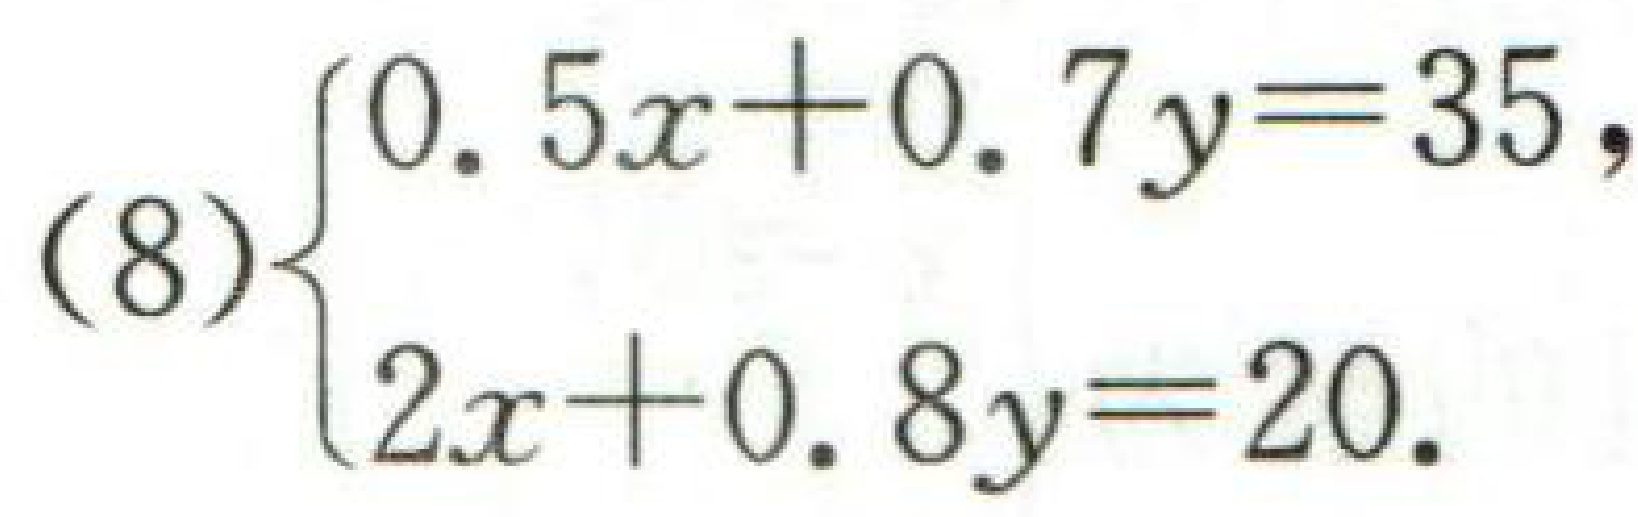
(8)$\begin{cases}0.5x + 0.7y = 35,\\2x + 0.8y = 20.\end{cases}$